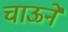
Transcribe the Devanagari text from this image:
चाऊने